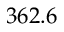
3 6 2 . 6